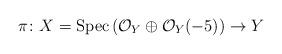
LaTeX: \begin{align*}\pi \colon X=\mathrm{Spec} \left( \mathcal{O}_Y \oplus \mathcal{O}_Y(-5) \right) \rightarrow Y\end{align*}